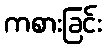
ကစားခြင်း